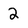
Character: 2